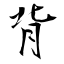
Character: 背